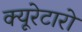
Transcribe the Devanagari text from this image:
क्यूरेटारो